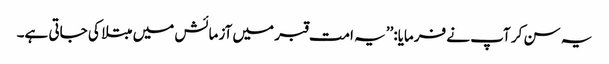
یہ سن کر آپ نے فرمایا:’’یہ امت قبر میں آزمائش میں مبتلا کی جاتی ہے۔